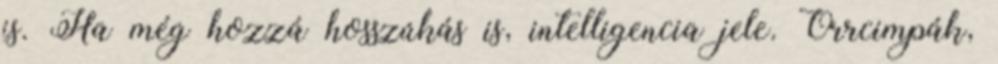
is. Ha még hozzá hosszúkás is, intelligencia jele. Orrcimpák,